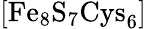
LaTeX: \mathrm{[Fe_{8}S_{7}Cys_{6}]}